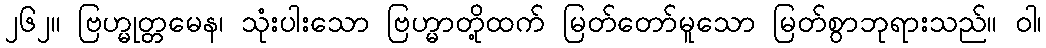
၂၆၂။ ဗြဟ္မုတ္တမေန၊ သုံးပါးသော ဗြဟ္မာတို့ထက် မြတ်တော်မူသော မြတ်စွာဘုရားသည်။ ဝါ၊